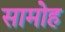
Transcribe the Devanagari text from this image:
सामोह